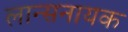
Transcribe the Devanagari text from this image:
लान्सनायक